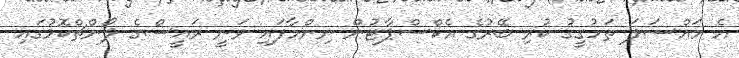
އެ މައްސަލަ ތަހުގީގު ކުރި ބޭރުގެ އެކްސްޕާޓުން ނިންމާފައި ވަނީ ރައީސްގެ ލޯންޗްކޮޅުގައި